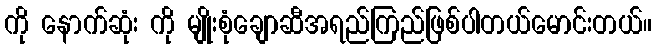
ကို နောက်ဆုံး ကို မျိုးစုံချောဆီအရည်ကြည်ဖြစ်ပါတယ်မောင်းတယ်။